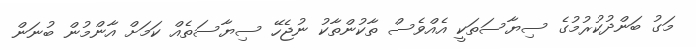
މަގު ބަންދުކުރުމުގެ ސިޔާސަތަކީ އެއްވެސް ތާކުންތާކު ނުޖެހޭ ސިޔާސަތެއް ކަމަށް އާންމުން ބުނަން